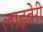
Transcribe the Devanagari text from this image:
लाइबेरी